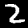
Digit: 2